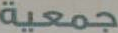
جمعية